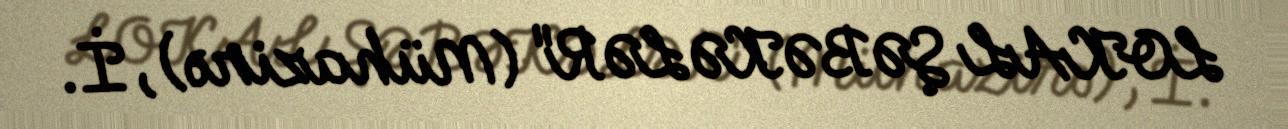
LOKAL ŞƏBƏKƏLƏR" (Mühazirə), İ.